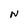
Character: N